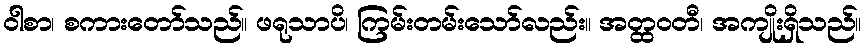
ဝါစာ၊ စကားတော်သည်။ ဖရုသာပိ၊ ကြမ်းတမ်းသော်လည်း။ အတ္ထဝတီ၊ အကျိုးရှိသည်။